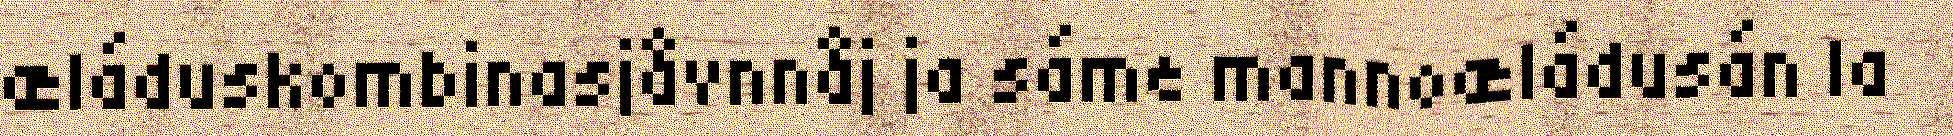
æláduskombinasjåvnnåj ja sáme mannoæládusán la